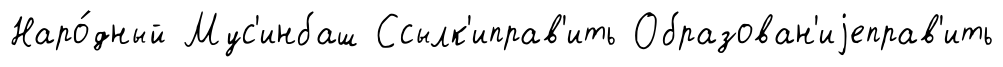
Наро́дный Мус'инбаш Ссылк'иправ'ить Образован'иjеправ'ить